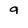
Character: 9